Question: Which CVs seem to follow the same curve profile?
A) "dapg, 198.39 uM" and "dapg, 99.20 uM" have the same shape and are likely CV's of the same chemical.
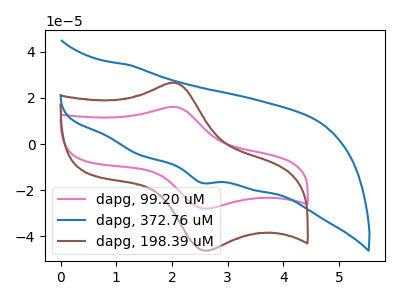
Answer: <think>The pink curve "dapg, 99.20 uM" has an anodic peak at (2.05V, 16.15uA) and a cathodic peak at (2.60V, -28.15uA). The blue curve "dapg, 372.76 uM" has a cathodic peak at: (2.55V, -16.80uA). The brown curve "dapg, 198.39 uM" has an anodic peak at (2.05V, 26.70uA) and a cathodic peak at (2.60V, -46.40uA).
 "dapg, 99.20 uM" and "dapg, 372.76 uM" have a different number of peaks. All the peaks in "dapg, 99.20 uM" have a peak in "dapg, 198.39 uM" at the same potential. Every peak in "dapg, 99.20 uM" is lower than every peak in "dapg, 198.39 uM". "dapg, 372.76 uM" and "dapg, 198.39 uM" have a different number of peaks.</think>
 <answer>A) "dapg, 198.39 uM" and "dapg, 99.20 uM" have the same shape and are likely CV's of the same chemical.</answer>
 <eval>A</eval>